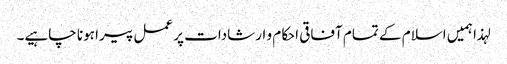
لہذا ہمیں اسلام کے تمام آفاقی احکام و ارشادات پر عمل پیرا ہونا چاہیے۔